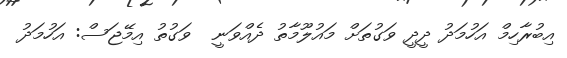
އިބުރާހިމް އަހުމަދު ދީދީ ވަގުތަށް މައުލޫމާތު ދެއްވަނީ  ވަގުތު އިމޭޖަސް: އަހުމަދު